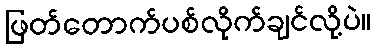
ဖြတ်တောက်ပစ်လိုက်ချင်လို့ပဲ။